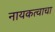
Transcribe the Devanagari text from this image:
नायकत्वाचा